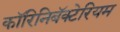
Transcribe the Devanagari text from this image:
कॉरिनिबॅक्टेरियम